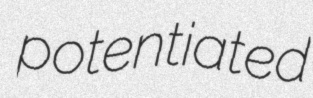
potentiated